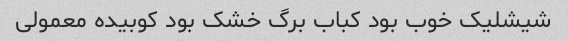
شیشلیک خوب بود کباب برگ خشک بود کوبیده معمولی